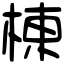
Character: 棟